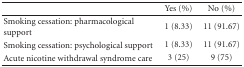
|  | Yes (%) | No (%) |
 | --- | --- | --- |
 | Smoking cessation: pharmacological support | 1 (8.33) | 11 (91.67) |
 | Smoking cessation: psychological support | 1 (8.33) | 11 (91.67) |
 | Acute nicotine withdrawal syndrome care | 3 (25) | 9 (75) |